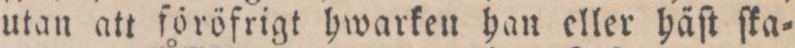
utan att föröfrigt hwarken han eller häſt ſka=